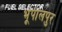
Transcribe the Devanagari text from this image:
भूपालपुर